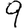
Digit: 9